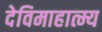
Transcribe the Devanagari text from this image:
देविमाहात्म्य